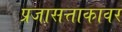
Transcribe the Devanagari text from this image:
प्रजासत्ताकावर